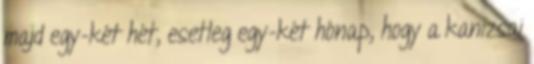
majd egy-két hét, esetleg egy-két hónap, hogy a kanizsai